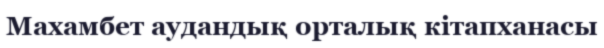
Махамбет аудандық орталық кітапханасы